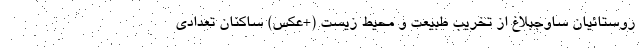
روستائیان ساوجبلاغ از تخریب طبیعت و محیط زیست (+عکس) ساکنان تعدادی